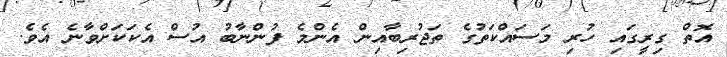
އޮތް ގިރީގައި ހުރި މަސައްކަތުގެ ތަޖުރިބާއިން އެންމެ ފުންނާބު އުސް އެކަކަށްވާނެ އެވެ.